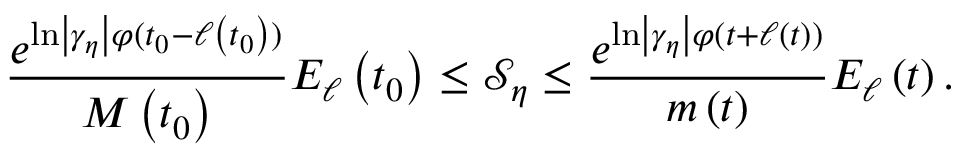
\frac { e ^ { \ln \left\vert \gamma _ { \eta } \right\vert \varphi ( t _ { 0 } - \ell \left( t _ { 0 } \right) ) } } { M \left( t _ { 0 } \right) } E _ { \ell } \left( t _ { 0 } \right) \leq \mathcal { S } _ { \eta } \leq \frac { e ^ { \ln \left\vert \gamma _ { \eta } \right\vert \varphi ( t + \ell \left( t \right) ) } } { m \left( t \right) } E _ { \ell } \left( t \right) .